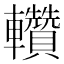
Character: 䡽